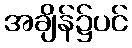
အချိန်၌ပင်